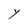
Character: Y